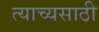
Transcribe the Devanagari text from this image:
त्याच्यसाठी